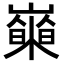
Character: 𡾍